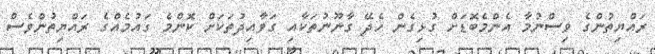
ރައްޔިތުންގެ ވިސްނުމާ އެންމެބޮޑަށް ގުޅިގެން ހެދޭ ގާނޫނުތަކާއި ގަވާއިދުތަކަށް ކޮންމެ ގައުމެއްގެ ރައްޔިތުންވެސް